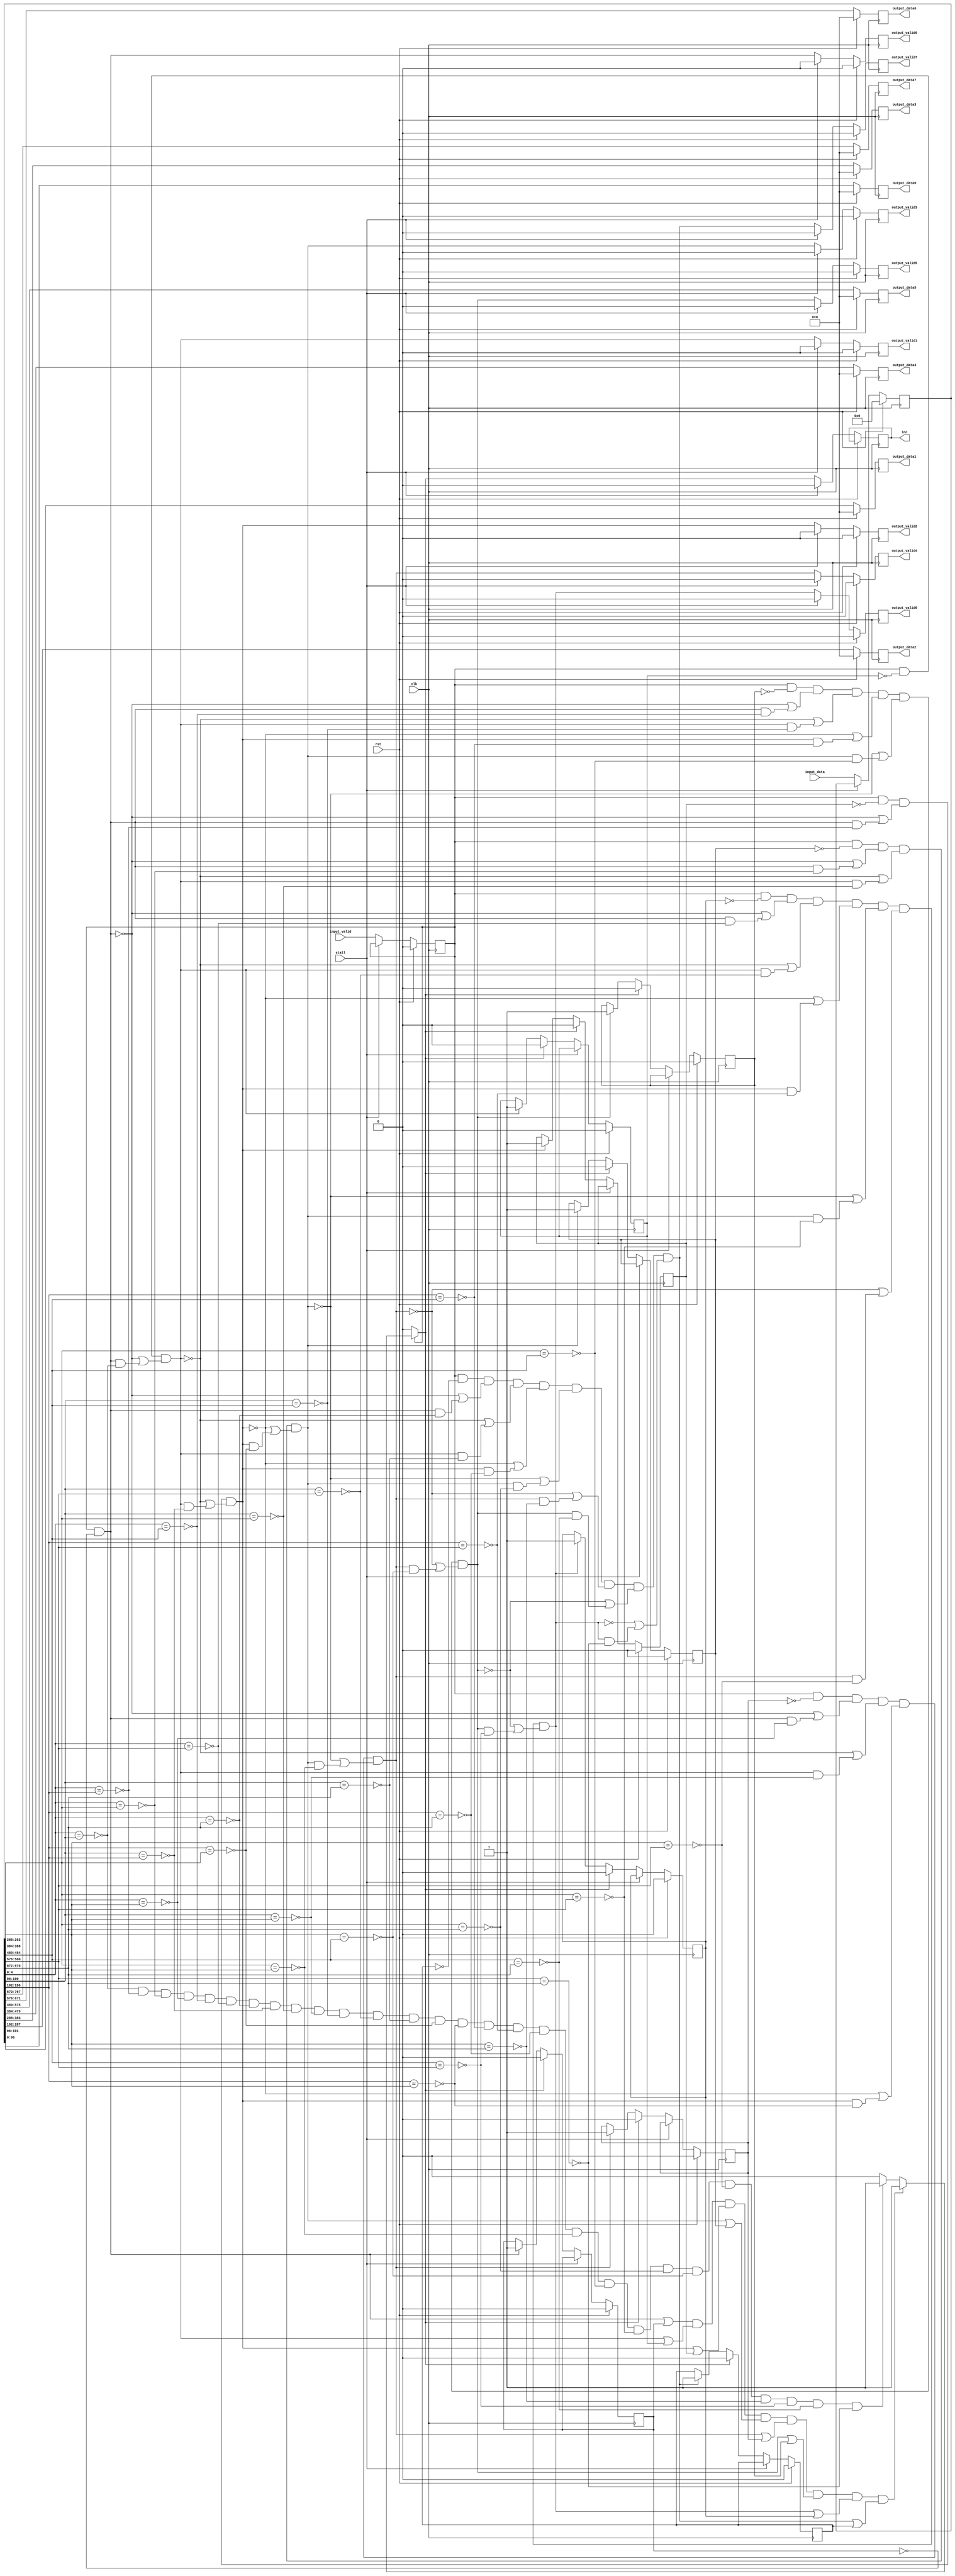
module bcrx8 # (parameter EDGE_W = 96, parameter Bank_Num_W = 5)
(
	input wire 					clk,	
	input wire					rst,
	input wire					input_valid,
	input wire	[EDGE_W*8-1:0]	input_data,
	input wire					stall,
	output reg 	[EDGE_W-1:0]	output_data0,
	output reg					output_valid0,
	output reg 	[EDGE_W-1:0]	output_data1,
	output reg					output_valid1,	
	output reg 	[EDGE_W-1:0]	output_data2,
	output reg					output_valid2,
	output reg 	[EDGE_W-1:0]	output_data3,
	output reg					output_valid3,	
	output reg 	[EDGE_W-1:0]	output_data4,
	output reg					output_valid4,
	output reg 	[EDGE_W-1:0]	output_data5,
	output reg					output_valid5,	
	output reg 	[EDGE_W-1:0]	output_data6,
	output reg					output_valid6,
	output reg 	[EDGE_W-1:0]	output_data7,
	output reg					output_valid7,
	output reg					inc
);

reg	data0_outputed;
reg	data1_outputed;
reg	data2_outputed;
reg	data3_outputed;
reg	data4_outputed;
reg	data5_outputed;
reg	data6_outputed;
reg	data7_outputed;

reg input_valid_reg;
reg [EDGE_W*8-1:0] input_data_reg;
wire valid0, valid1, valid2, valid3, valid4, valid5, valid6, valid7, inc_wire;

always @(posedge clk) begin
	if(rst) begin
		input_valid_reg 	<= 1'b0;		 
		input_data_reg 		<= {(EDGE_W*8){1'b0}};		
	end else begin 	
		if(stall) begin
			input_valid_reg <= input_valid_reg;
			input_data_reg <= input_data_reg;
		end else begin
			input_valid_reg <= input_valid;
			input_data_reg <= input_data;		
		end
	end
end
	
wire [EDGE_W-1:0] data0;
wire [EDGE_W-1:0] data1;
wire [EDGE_W-1:0] data2;
wire [EDGE_W-1:0] data3;
wire [EDGE_W-1:0] data4;
wire [EDGE_W-1:0] data5;
wire [EDGE_W-1:0] data6;
wire [EDGE_W-1:0] data7;

assign	data0 = input_data_reg[EDGE_W-1:0];
assign	data1 = input_data_reg[EDGE_W*2-1:EDGE_W*1];
assign	data2 = input_data_reg[EDGE_W*3-1:EDGE_W*2];
assign	data3 = input_data_reg[EDGE_W*4-1:EDGE_W*3];
assign	data4 = input_data_reg[EDGE_W*5-1:EDGE_W*4];
assign	data5 = input_data_reg[EDGE_W*6-1:EDGE_W*5];
assign	data6 = input_data_reg[EDGE_W*7-1:EDGE_W*6];
assign	data7 = input_data_reg[EDGE_W*8-1:EDGE_W*7];

wire conflict01, conflict02, conflict03, conflict04, conflict05, conflict06, conflict07;
wire conflict12, conflict13, conflict14, conflict15, conflict16, conflict17;
wire conflict23, conflict24, conflict25, conflict26, conflict27;
wire conflict34, conflict35, conflict36, conflict37;
wire conflict45, conflict46, conflict47;
wire conflict56, conflict57;
wire conflict67;
wire conflict_free;

assign conflict01 = (data0[Bank_Num_W-1:0] == data1[Bank_Num_W-1:0]) ;
assign conflict02 = (data0[Bank_Num_W-1:0] == data2[Bank_Num_W-1:0]) ;
assign conflict03 = (data0[Bank_Num_W-1:0] == data3[Bank_Num_W-1:0]) ;
assign conflict04 = (data0[Bank_Num_W-1:0] == data4[Bank_Num_W-1:0]) ;
assign conflict05 = (data0[Bank_Num_W-1:0] == data5[Bank_Num_W-1:0]) ;
assign conflict06 = (data0[Bank_Num_W-1:0] == data6[Bank_Num_W-1:0]) ;
assign conflict07 = (data0[Bank_Num_W-1:0] == data7[Bank_Num_W-1:0]) ;
assign conflict12 = (data1[Bank_Num_W-1:0] == data2[Bank_Num_W-1:0]) ;
assign conflict13 = (data1[Bank_Num_W-1:0] == data3[Bank_Num_W-1:0]) ;
assign conflict14 = (data1[Bank_Num_W-1:0] == data4[Bank_Num_W-1:0]) ;
assign conflict15 = (data1[Bank_Num_W-1:0] == data5[Bank_Num_W-1:0]) ;
assign conflict16 = (data1[Bank_Num_W-1:0] == data6[Bank_Num_W-1:0]) ;
assign conflict17 = (data1[Bank_Num_W-1:0] == data7[Bank_Num_W-1:0]) ;
assign conflict23 = (data2[Bank_Num_W-1:0] == data3[Bank_Num_W-1:0]) ;
assign conflict24 = (data2[Bank_Num_W-1:0] == data4[Bank_Num_W-1:0]) ;
assign conflict25 = (data2[Bank_Num_W-1:0] == data5[Bank_Num_W-1:0]) ;
assign conflict26 = (data2[Bank_Num_W-1:0] == data6[Bank_Num_W-1:0]) ;
assign conflict27 = (data2[Bank_Num_W-1:0] == data7[Bank_Num_W-1:0]) ;
assign conflict34 = (data3[Bank_Num_W-1:0] == data4[Bank_Num_W-1:0]) ;
assign conflict35 = (data3[Bank_Num_W-1:0] == data5[Bank_Num_W-1:0]) ;
assign conflict36 = (data3[Bank_Num_W-1:0] == data6[Bank_Num_W-1:0]) ;
assign conflict37 = (data3[Bank_Num_W-1:0] == data7[Bank_Num_W-1:0]) ;
assign conflict45 = (data4[Bank_Num_W-1:0] == data5[Bank_Num_W-1:0]) ;
assign conflict46 = (data4[Bank_Num_W-1:0] == data6[Bank_Num_W-1:0]) ;
assign conflict47 = (data4[Bank_Num_W-1:0] == data7[Bank_Num_W-1:0]) ;
assign conflict56 = (data5[Bank_Num_W-1:0] == data6[Bank_Num_W-1:0]) ;
assign conflict57 = (data5[Bank_Num_W-1:0] == data7[Bank_Num_W-1:0]) ;
assign conflict67 = (data6[Bank_Num_W-1:0] == data7[Bank_Num_W-1:0]) ;
assign conflict_free =(~conflict01 && ~conflict02 && ~conflict03 && ~conflict04 && ~conflict05 && ~conflict06 && ~conflict07 && 
					   ~conflict12 && ~conflict13 && ~conflict14 && ~conflict15 && ~conflict16 && ~conflict17 &&  
					   ~conflict23 && ~conflict24 && ~conflict25 && ~conflict26 && ~conflict27 &&
					   ~conflict34 && ~conflict35 && ~conflict36 && ~conflict37 &&
					   ~conflict45 && ~conflict46 && ~conflict47 && ~conflict56 && ~conflict57 && ~conflict67);


assign	inc_wire = ~input_valid_reg ? 1'b0 :
			   (valid0 || data0_outputed) && (valid1 || data1_outputed) && (valid2 || data2_outputed)&&(valid3 || data3_outputed) && (valid4 || data4_outputed) && (valid5 || data5_outputed) && (valid6 || data6_outputed)	
			   && (valid7 || data7_outputed) ? 1'b1 :
			   conflict_free ? 1'b1 : 1'b0;	 
assign	valid0 = input_valid_reg && ~data0_outputed;
assign	valid1 = input_valid_reg && ~data1_outputed && (~valid0 || (valid0 && ~conflict01));
assign	valid2 = input_valid_reg && ~data2_outputed && (~valid0 || (valid0 && ~conflict02)) && (~valid1 || (valid1 && ~conflict12));
assign	valid3 = input_valid_reg && ~data3_outputed && (~valid0 || (valid0 && ~conflict03)) && (~valid1 || (valid1 && ~conflict13)) && (~valid2 || (valid2 && ~conflict23));
assign	valid4 = input_valid_reg && ~data4_outputed && (~valid0 || (valid0 && ~conflict04)) && (~valid1 || (valid1 && ~conflict14)) && (~valid2 || (valid2 && ~conflict24)) && (~valid3 || (valid3 && ~conflict34));
assign	valid5 = input_valid_reg && ~data5_outputed && (~valid0 || (valid0 && ~conflict05)) && (~valid1 || (valid1 && ~conflict15)) && (~valid2 || (valid2 && ~conflict25)) && (~valid3 || (valid3 && ~conflict35))
			 && (~valid4 || (valid4 && ~conflict45));
assign	valid6 = input_valid_reg && ~data6_outputed && (~valid0 || (valid0 && ~conflict06)) && (~valid1 || (valid1 && ~conflict16)) && (~valid2 || (valid2 && ~conflict26)) && (~valid3 || (valid3 && ~conflict36))
			 && (~valid4 || (valid4 && ~conflict46)) && (~valid5 || (valid5 && ~conflict56));		 
assign	valid7 = input_valid_reg && ~data7_outputed && (~valid0 || (valid0 && ~conflict07)) && (~valid1 || (valid1 && ~conflict17)) && (~valid2 || (valid2 && ~conflict27)) && (~valid3 || (valid3 && ~conflict37))
			 && (~valid4 || (valid4 && ~conflict47)) && (~valid5 || (valid5 && ~conflict57)) && (~valid6 || (valid6 && ~conflict67));			 

					   
always @(posedge clk) begin
	if(rst) begin
		output_data0 	<= 1'b0;		 
		output_data1 	<= 1'b0;
		output_data2 	<= 1'b0;		 
		output_data3 	<= 1'b0;
		output_data4 	<= 1'b0;		 
		output_data5 	<= 1'b0;
		output_data6 	<= 1'b0;		 
		output_data7 	<= 1'b0;
		output_valid0 	<= 1'b0;
		output_valid1	<= 1'b0;
		output_valid2 	<= 1'b0;
		output_valid3	<= 1'b0;
		output_valid4 	<= 1'b0;
		output_valid5	<= 1'b0;
		output_valid6 	<= 1'b0;
		output_valid7	<= 1'b0;
		data0_outputed 	<= 1'b0;
		data1_outputed  <= 1'b0;
		data2_outputed 	<= 1'b0;
		data3_outputed  <= 1'b0;
		data4_outputed 	<= 1'b0;
		data5_outputed  <= 1'b0;
		data6_outputed 	<= 1'b0;
		data7_outputed  <= 1'b0;
	end else begin 	
		output_data0 <= data0;
		output_data1 <= data1;
		output_data2 <= data2;
		output_data3 <= data3;
		output_data4 <= data4;
		output_data5 <= data5;
		output_data6 <= data6;
		output_data7 <= data7;		
		if(~stall) begin
			inc			 	<= inc_wire;
			output_valid0 	<= valid0;
			output_valid1 	<= valid1;
			output_valid2 	<= valid2;
			output_valid3 	<= valid3;
			output_valid4 	<= valid4;
			output_valid5 	<= valid5;
			output_valid6 	<= valid6;
			output_valid7 	<= valid7;
			data0_outputed  <= inc_wire ? 1'b0 : valid0   ? 1'b1 : data0_outputed;
			data1_outputed  <= inc_wire ? 1'b0 : valid1   ? 1'b1 : data1_outputed;
			data2_outputed  <= inc_wire ? 1'b0 : valid2   ? 1'b1 : data2_outputed;
			data3_outputed  <= inc_wire ? 1'b0 : valid3   ? 1'b1 : data3_outputed;
			data4_outputed  <= inc_wire ? 1'b0 : valid4   ? 1'b1 : data4_outputed;
			data5_outputed  <= inc_wire ? 1'b0 : valid5   ? 1'b1 : data5_outputed;
			data6_outputed  <= inc_wire ? 1'b0 : valid6   ? 1'b1 : data6_outputed;
			data7_outputed  <= inc_wire ? 1'b0 : valid7   ? 1'b1 : data7_outputed;			
		end else begin  
			output_valid0 	<= 1'b0;
			output_valid1	<= 1'b0;
			output_valid2 	<= 1'b0;
			output_valid3	<= 1'b0;
			output_valid4 	<= 1'b0;
			output_valid5	<= 1'b0;
			output_valid6 	<= 1'b0;
			output_valid7	<= 1'b0;
			data0_outputed 	<= data0_outputed;
			data1_outputed  <= data1_outputed;
			data2_outputed 	<= data2_outputed;
			data3_outputed  <= data3_outputed;
			data4_outputed 	<= data4_outputed;
			data5_outputed  <= data5_outputed;
			data6_outputed 	<= data6_outputed;
			data7_outputed  <= data7_outputed;
			inc				<= 1'b0;
		end
	end
end	
endmodule